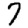
Digit: 7